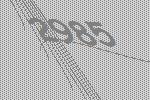
2985